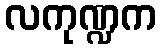
လကုဏ္ဍက